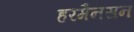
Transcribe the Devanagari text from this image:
हरमैनसन